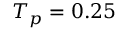
T _ { p } = 0 . 2 5